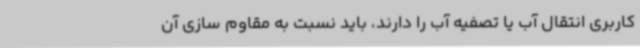
کاربری انتقال آب یا تصفیه آب را دارند، باید نسبت به مقاوم سازی آن